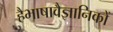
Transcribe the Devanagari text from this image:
हैभाषावैज्ञानिकों